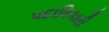
૫દાધિકારી